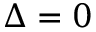
\Delta = 0